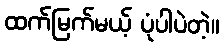
ထက်မြက်မယ့် ပုံပါပဲတဲ့။